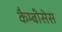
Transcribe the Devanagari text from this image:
कैम्बीसेस